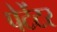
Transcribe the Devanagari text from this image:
पेटेंटर